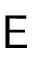
\mathsf { E }